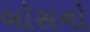
બૉસનો